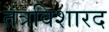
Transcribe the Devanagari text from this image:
तंत्रविशारद